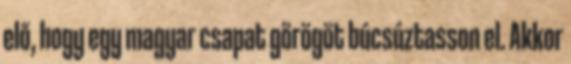
elő, hogy egy magyar csapat görögöt búcsúztasson el. Akkor